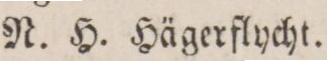
N. H. Hägerflycht.